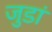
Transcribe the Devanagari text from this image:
जुडां